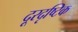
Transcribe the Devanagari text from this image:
दूरदृष्टिक